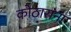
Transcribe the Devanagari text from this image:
कोठारांना